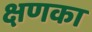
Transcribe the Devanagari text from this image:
क्षणका